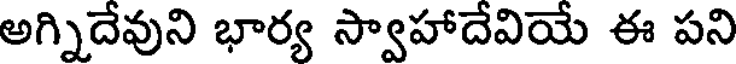
అగ్నిదేవుని భార్య స్వాహాదేవియే ఈ పని